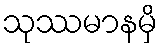
သုဿမာနမှိ